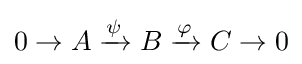
0\to A\xrightarrow {\psi } B\xrightarrow {\varphi } C\to 0